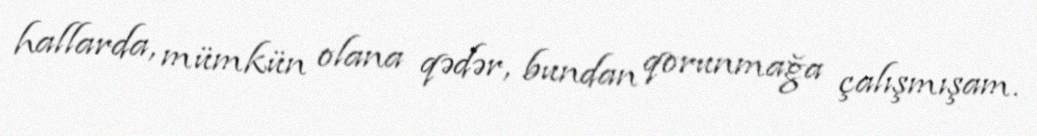
hallarda, mümkün olana qədər, bundan qorunmağa çalışmışam.